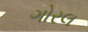
ગોરલ